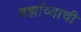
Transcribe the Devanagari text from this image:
वर्झाव्याची